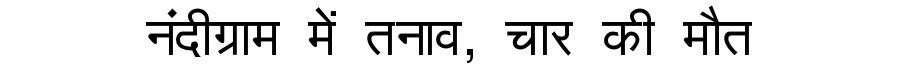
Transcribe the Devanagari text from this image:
नंदीग्राम में तनाव, चार की मौत